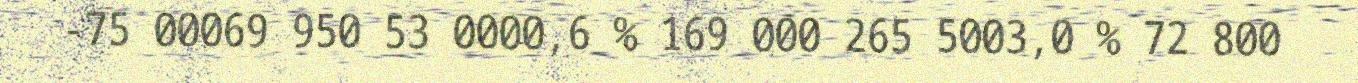
-75 00069 950 53 0000,6 % 169 000 265 5003,0 % 72 800